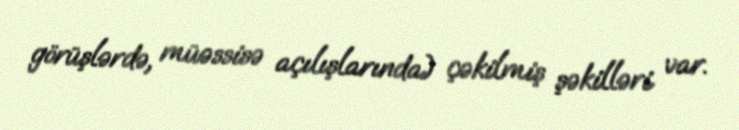
görüşlərdə, müəssisə açılışlarında) çəkilmiş şəkilləri var.